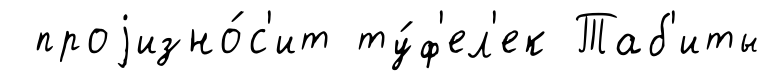
проjизно́с'ит ту́ф'ел'ек Таб'иты